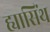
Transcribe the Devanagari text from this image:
ह्यासिंथ